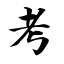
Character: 考